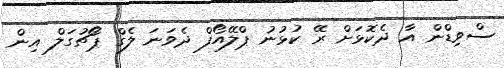
ސްވިޑްން އާ ދެކޮޅަށް ރޭ ކުޅުނު ޕްލޭއޯފް ދެވަނަ ލެގް ޕޯޗުގަލް އިން